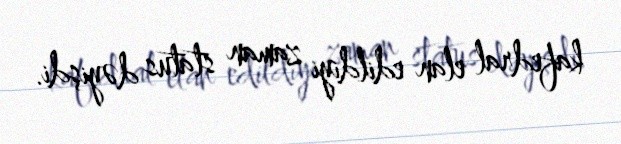
kafedral elan edildiyi zaman status dəyişdi.